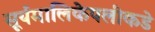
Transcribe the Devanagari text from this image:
सूर्यमालिकेपलीकडे